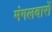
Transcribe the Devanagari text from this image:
मंगलवारों